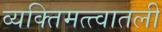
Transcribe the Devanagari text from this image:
व्यक्तिमत्त्वातली